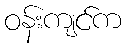
ဝန်းကျင်က